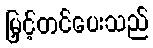
မြှင့်တင်ပေးသည်